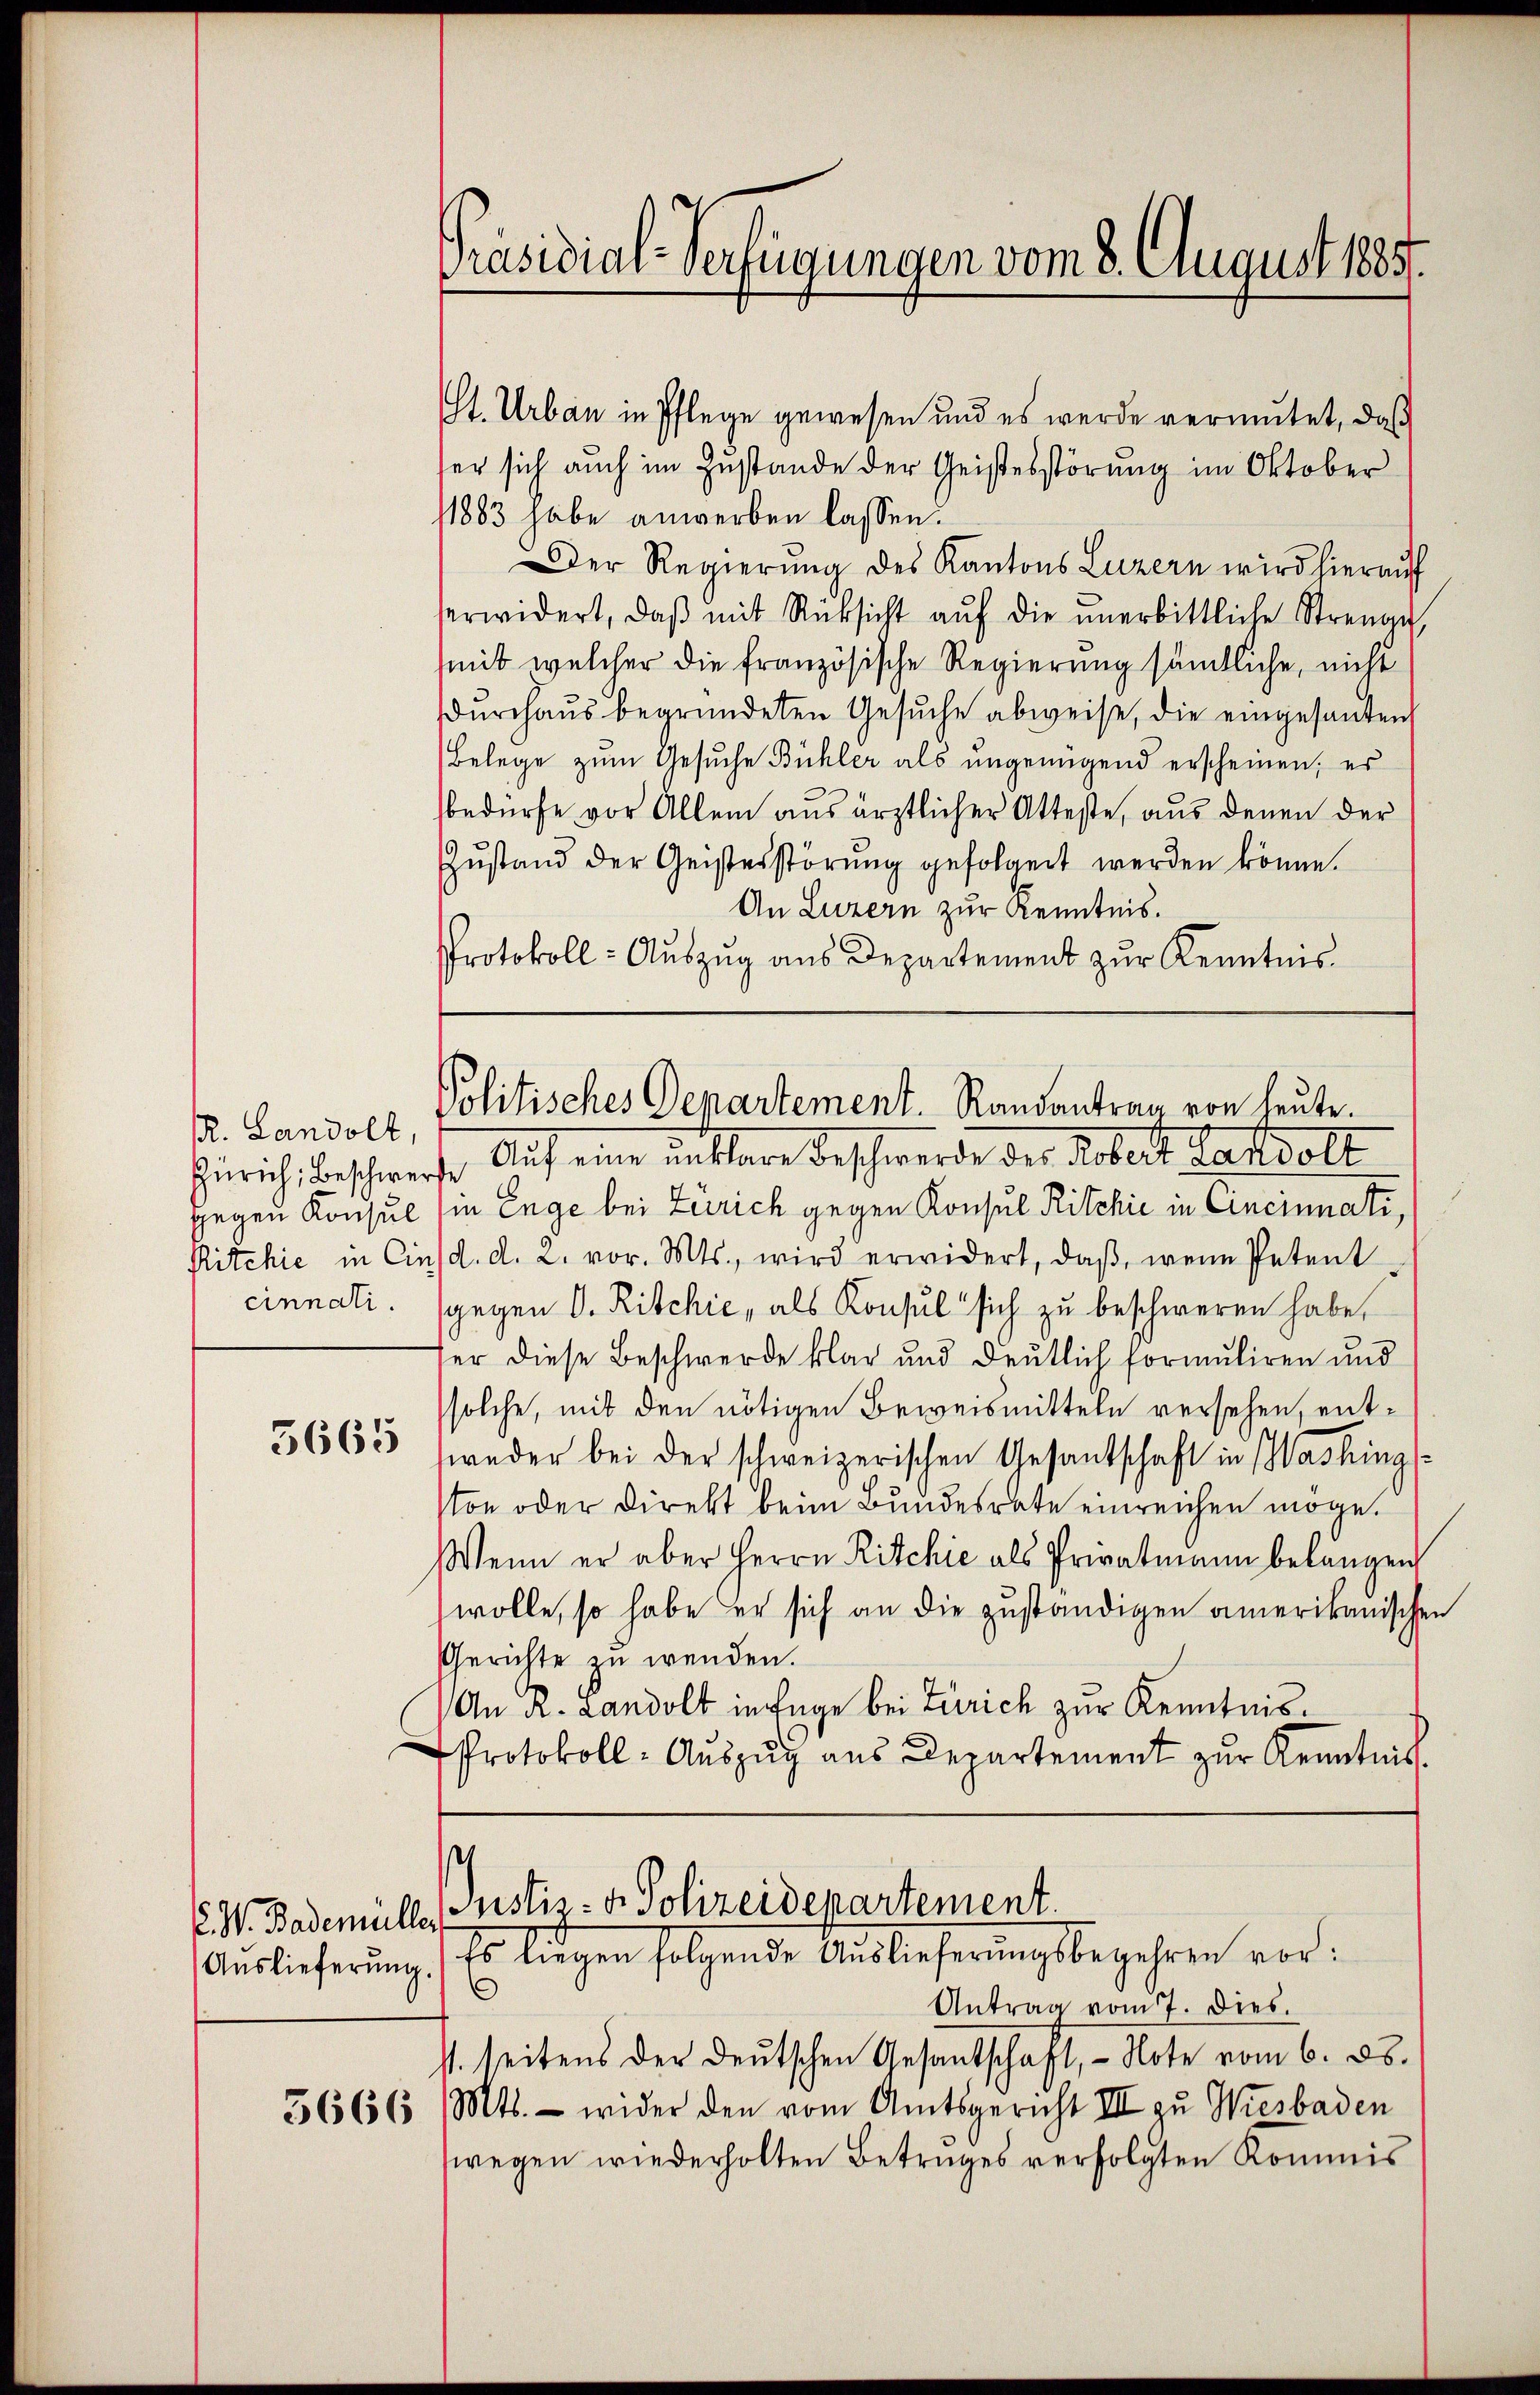
R. Landolt,

5665

. W. Bademüller

St. Urban in Pflege gewesen und es werde vermutet, daß
ser sich auch im Zustande der Geistesstörung im Oktober
1883 habe anwerben lassen.
Der Regierung des Kantons Luzern wird hierauf
erwidert, daβ mit Rücksicht aŭf die ŭnerbittliche Strenge,
mit welcher die französische Regierung sämtliche, nicht
dŭrchaŭs begründeten Gesŭche abweise, die eingesanten
Belege zum Gesuche Bühler als ungenügend erscheinen; es
bedürfe vor Allem aus ärztlicher Atteste, aus denen der
Zŭstand der Geisterstörŭng gefolgert werden könne.
An Luzern zur Kenntnis.
Protokoll- Auszug aus Departement zur Kenntnis.

Präsidial-Verfügungen vom 8. August 1885.

Politisches Departement. Randantrag von heute.

Zürich, Beschwerte Auf eine unklare Beschwerde der Kobert Landolt
gegen Konsul sie Enge bei Zürich gegen Konsul Ritchić in Cincinnati,
Ritchie in Cinsd. d. 2. vor. Mts., wird erwidert, daß, wenn Petent
cinnati. (gegen d. Ritchić, als Konsul sich zu beschweren habe,
ser diese Beschwerde klar und deutlich formuliren und
solche, mit den nötigen Beweismitteln versehen, entweder bei der schweizerischen Gesantschaft in Washing
Von oder Direkt beim Bundesrate einreichen möge.
Wenn er aber Herrn Ritchić als Privatmann belangen
wolle, so habe er sich an die zuständigen amerikanischen
Gerichte zu wenden.
(An R. Landolt in Enge bei Zürich zur Kenntnis.
Protokoll- Auszug aus Departement zur Kenntnis.
Justiz- & Polizeidepartement.
Aŭslieferŭng. Es liegen folgende Aŭslieferŭngsbegehren vor:
Antrag vom 7. Dies.
st. seitens der deutschen Gesandschaft, - Note vom 6. ds.
5666 Mts. - wider den vom Amtsgericht III zu Wiesbaden
wegen wiederholten Betruges verfolgten Kommis